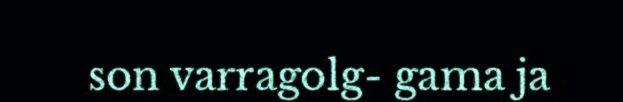
son varragolg- gama ja